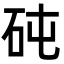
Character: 砘